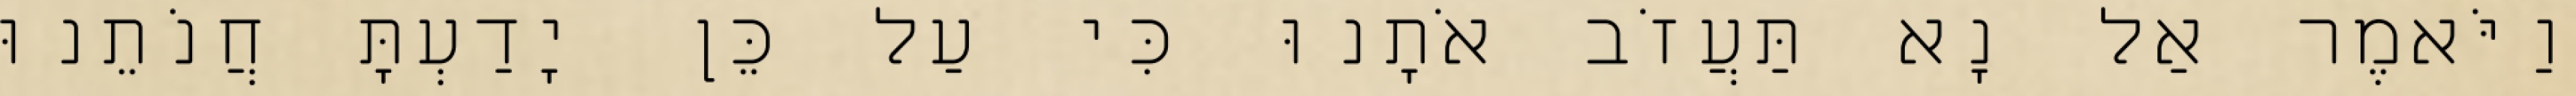
וַיֹּאמֶר אַל נָא תַּעֲזֹב אֹתָנוּ כִּי עַל כֵּן יָדַעְתָּ חֲנֹתֵנוּ